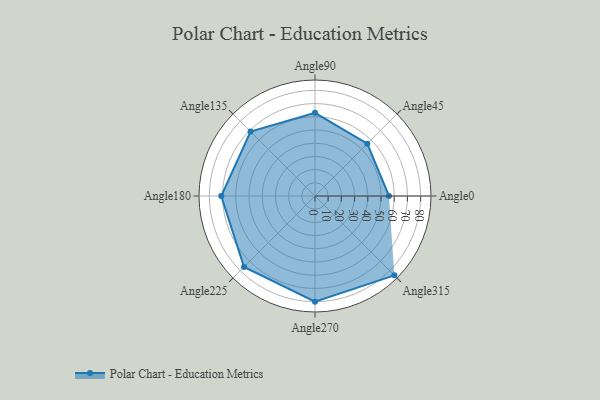
{"axis": {"x": "Angle", "y": "Radius"}, "legend": [""], "data": [{"x": "Angle0", "y": 56.0, "type": ""}, {"x": "Angle45", "y": 56.0, "type": ""}, {"x": "Angle90", "y": 63.0, "type": ""}, {"x": "Angle135", "y": 69.0, "type": ""}, {"x": "Angle180", "y": 71.0, "type": ""}, {"x": "Angle225", "y": 76.0, "type": ""}, {"x": "Angle270", "y": 80.0, "type": ""}, {"x": "Angle315", "y": 85.0, "type": ""}]}